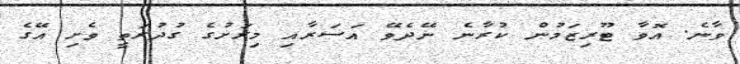
ވާނެ. އޮވާ ޓޫރިޒަމުން ކުރާނެ ނޭދެވޭ އަސަރާއި މިރަށުގެ ގުދުރަތީ ވެށި އޭގެ